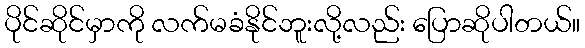
ပိုင်ဆိုင်မှာကို လက်မခံနိုင်ဘူးလို့လည်း ပြောဆိုပါတယ်။